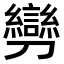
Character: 𠠪